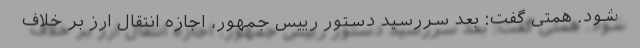
شود. همتی گفت: بعد سررسید دستور رییس جمهور، اجازه انتقال ارز بر خلاف